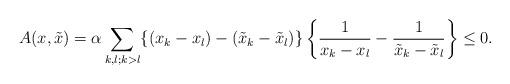
LaTeX: \begin{align*}A(x,\tilde{x})=\alpha\sum_{k,l;k>l}\{(x_k-x_l)-(\tilde{x}_k-\tilde{x}_l)\}\left\{\frac{1}{x_k-x_l}-\frac{1}{\tilde{x}_k-\tilde{x}_l}\right\}\leq0.\end{align*}